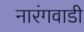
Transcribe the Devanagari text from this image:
नारंगवाडी